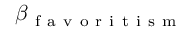
\beta _ { \mathrm { ~ f ~ a ~ v ~ o ~ r ~ i ~ t ~ i ~ s ~ m ~ } }